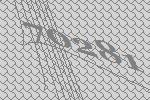
70281